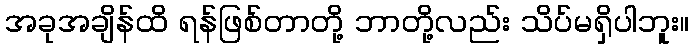
အခုအချိန်ထိ ရန်ဖြစ်တာတို့ ဘာတို့လည်း သိပ်မရှိပါဘူး။